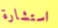
استشارة